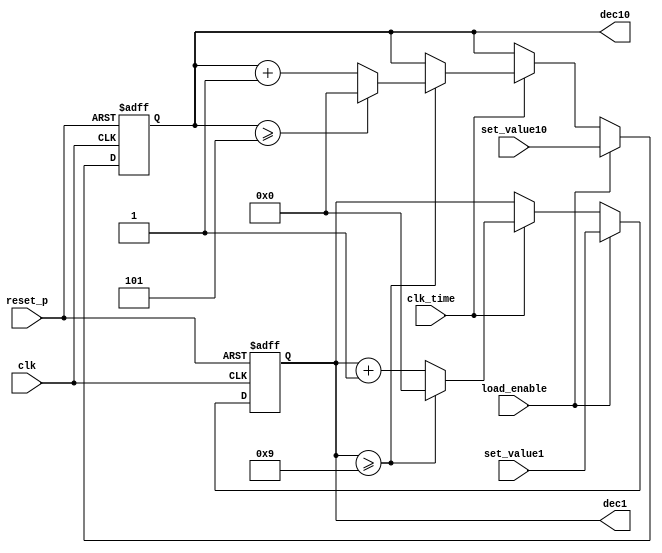

module loadable_counter_dec_60(
        input clk, reset_p,
        input clk_time,
        input load_enable,
        input [3:0] set_value1, set_value10,
        output reg [3:0] dec1, dec10
);
        always @(posedge clk or posedge reset_p)begin
                if(reset_p)begin
                        dec1 = 0;
                        dec10 = 0;
                end
                else begin
                        if(load_enable)begin
                                dec1 = set_value1;
                                dec10 = set_value10;
                        end
                        else if(clk_time) begin
                                if(dec1 >=9)begin
                                        dec1 = 0;
                                        if(dec10 >= 5)dec10 = 0;
                                        else dec10 = dec10 + 1;
                                end
                                else dec1 = dec1 + 1;
                        end
               end
        end
endmodule